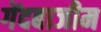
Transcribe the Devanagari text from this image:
गेंदबाजीम